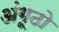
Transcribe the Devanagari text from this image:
अंगूठो